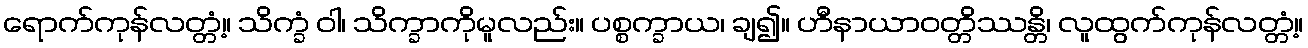
ရောက်ကုန်လတ္တံ့။ သိက္ခံ ဝါ၊ သိက္ခာကိုမူလည်း။ ပစ္စက္ခာယ၊ ချ၍။ ဟီနာယာဝတ္တိဿန္တိ၊ လူထွက်ကုန်လတ္တံ့။